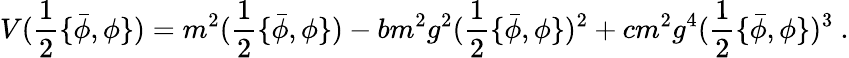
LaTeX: V(\frac 12\{ \bar{\phi},\phi\} )=m^{2}(\frac 12\{ \bar{\phi},\phi\} )-bm^{2}g^{2}(\frac 12\{ \bar{\phi},\phi\} )^{2}+cm^{2}g^{4}(\frac 12\{ \bar{\phi},\phi\} )^{3}\ .